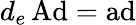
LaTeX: d_{e}\operatorname{Ad}=\operatorname{ad}